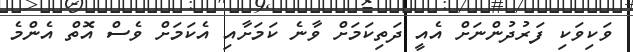
ވަކިވަކި ފަރުދުންނަށް އެއީ ދަތިކަމަށް ވާނެ ކަމަށާއި އެކަމަށް ވެސް އޮތް އެންމެ